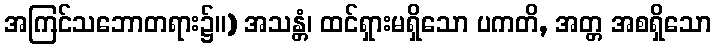
အကြင်သဘောတရား၌။) အသန္တံ၊ ထင်ရှားမရှိသော ပကတိ, အတ္တ အစရှိသော